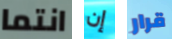
انتما إن قرار